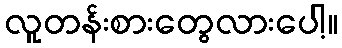
လူတန်းစားတွေလားပေါ့။